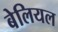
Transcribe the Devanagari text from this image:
बेलियल